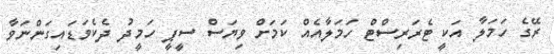
ރޭގެ ހަމަލާ އަކީ ޓެރަރިސްޓް ހަމަލާއެއް ކަމަށް ވިޔަސް ސީޕީ ހަމީދު ދެކެވަޑައިގަންނަވާ